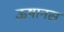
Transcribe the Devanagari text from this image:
ऊषानस